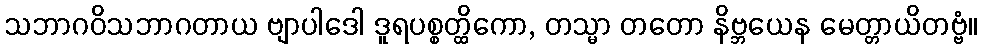
သဘာဂဝိသဘာဂတာယ ဗျာပါဒေါ ဒူရပစ္စတ္ထိကော, တသ္မာ တတော နိဗ္ဘယေန မေတ္တာယိတဗ္ဗံ။